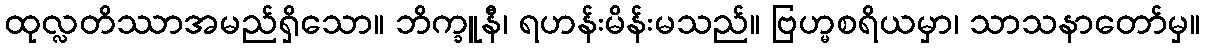
ထုလ္လတိဿာအမည်ရှိသော။ ဘိက္ခူနီ၊ ရဟန်းမိန်းမသည်။ ဗြဟ္မစရိယမှာ၊ သာသနာတော်မှ။